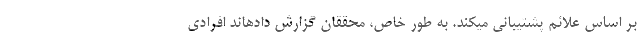
بر اساس علائم پشتیبانی میکند. به طور خاص، محققان گزارش دادهاند افرادی